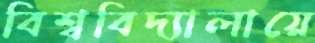
বিশ্ববিদ্যালায়ে